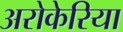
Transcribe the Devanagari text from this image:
अरोकेरिया